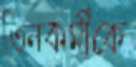
তিনকর্মীকে